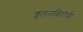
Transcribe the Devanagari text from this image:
ज्वलनविरोधी